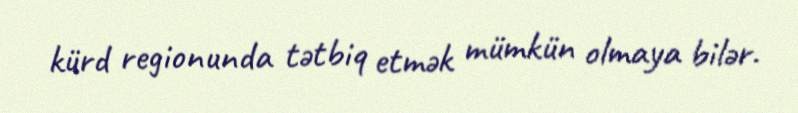
kürd regionunda tətbiq etmək mümkün olmaya bilər.